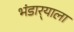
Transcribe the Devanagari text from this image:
भंडार्‍याला